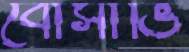
বোসাভি